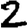
Digit: 2